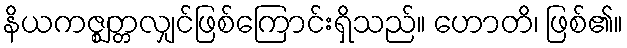
နိယကဇ္ဈတ္တလျှင်ဖြစ်ကြောင်းရှိသည်။ ဟောတိ၊ ဖြစ်၏။